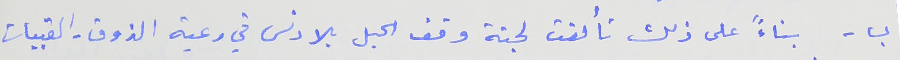
ب - بناءً على ذلك تألفت لجنة وقف الحبل بلا دنس في رعية الذوق- القبيات